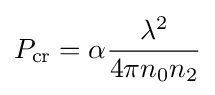
P_{\text{cr}}=\alpha {\frac {\lambda ^{2}}{4\pi n_{0}n_{2}}}